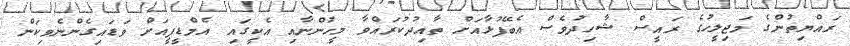
ރައްޔިތުންގެ މަޖިލީހުގެ ރައީސް ޝާހިދުވެސް އެބޭފުޅާއަށް ތާއިދުކުރައްވާ މީހުންނާއި އެކީގައި އެމްޑީޕީއަށް ވަޑައިގެންނެވިކަން